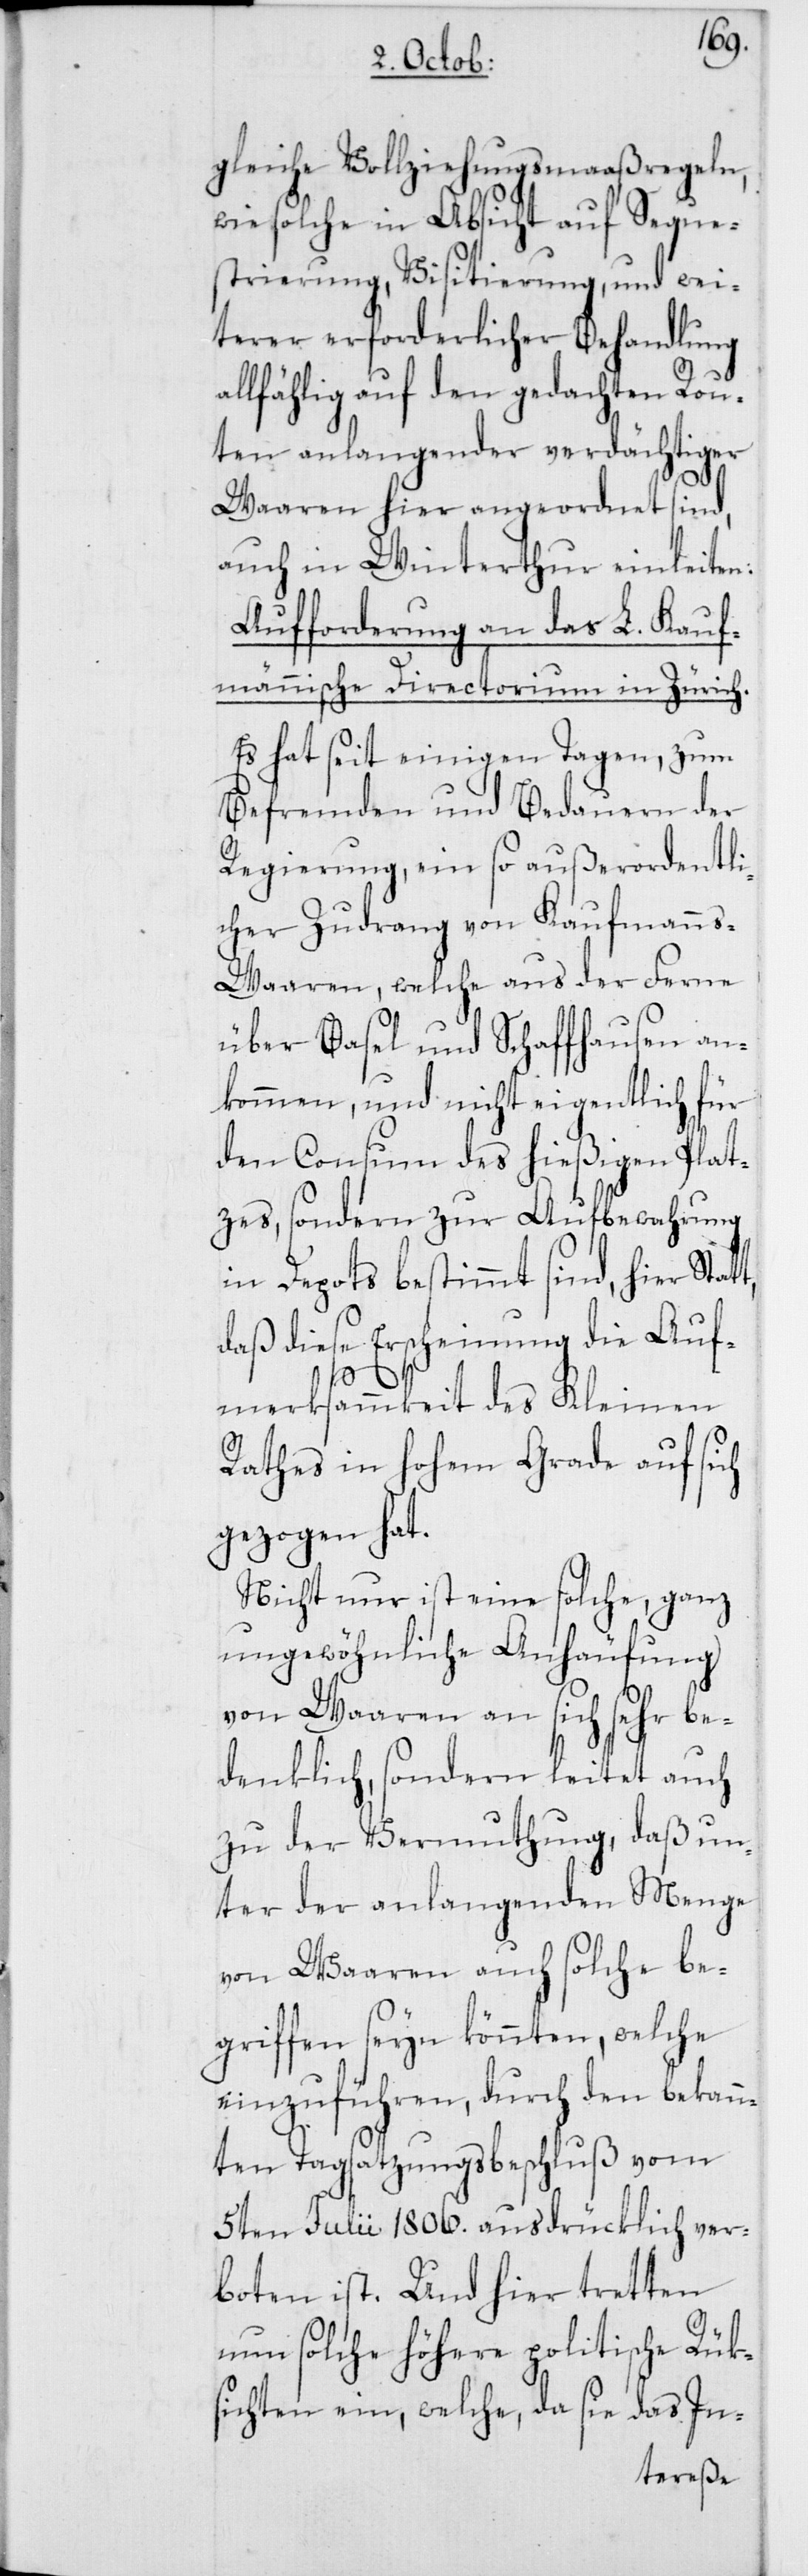
gleiche Vollziehungsmaaßregeln,
wie solche in Absicht auf Seque¬
strierung, Visitierung, und wei¬
terer erforderlicher Behandlung
allfählig auf den gedachten Rou¬
ten anlangender verdächtiger
Waaren hier angeordnet sind,
auch in Winterthur einleiten:
Aufforderung an das L. Kauf¬
männische Directorium in Zürich.
Es hat seit einigen Tagen, zum
Befremden und Bedauern der
Regierung, ein so außerordentli¬
cher Zudrang von Kaufmann¬
s-Waaren, welche aus der Ferne
über Basel und Schaffhausen an¬
kommen, und nicht eigentlich für
den Consum des hießigen Plat¬
zes, sondern zur Aufbewahrung
in Depots bestimmt sind, hier Stat¬
daß diese Erscheinung die Auf¬
t,
merksammkeit des Kleinen
Rathes in hohem Grade auf sich
gezogen hat.
Nicht nur ist eine solche, ganz
ungewöhnliche Anhäufung
von Waaren an sich sehr be¬
denklich, sondern leitet auch
zu der Vermuthung, daß un¬
ter der anlangenden Menge
von Waaren auch solche be¬
griffen seyn könnten, welche
einzuführen, durch den bekann¬
ten Tagsatzungsbeschluß vom
5ten Julii 1806. ausdrücklich ver¬
boten ist. Und hier tretten
nun solche höhere politische Rüks¬
ichten ein, welche, da sie das In-